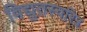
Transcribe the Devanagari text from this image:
विद्युतस्वरित्र